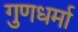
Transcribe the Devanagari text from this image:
गुणधर्मा